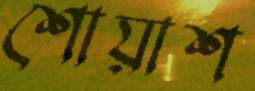
শোয়াশ